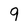
Character: 9